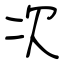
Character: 次